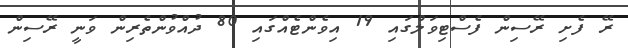
ރޭ ފެށި ރޭސިން ފެސްޓިވަލްގައި 19 އިވެންޓެއްގައި 80 ދުއްވުންތެރިން ވަނީ ރޭސިން